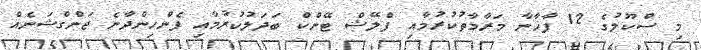
މި ސްކޫލުގެ 12 ފާޚާނާ މަރާމާތުކުރުމާއި ފްލޭޝް ޓޭންކް ބަދަލުކުރުމާއި ފެންހިންދާނެ ޖަންގްޝަނެއް